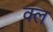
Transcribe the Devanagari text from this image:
क्ल